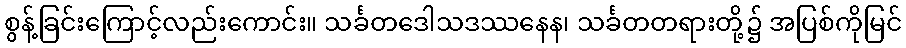
စွန့်ခြင်းကြောင့်လည်းကောင်း။ သင်္ခတဒေါသဒဿနေန၊ သင်္ခတတရားတို့၌ အပြစ်ကိုမြင်